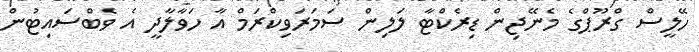
ހޭލީސް ގްރޫޕްގެ މެނޭޖިން ޑިރެކްޓާ ލަލިން ސަމަރަވިކްރަމް އާ ހަވާލާދީ އެ ވެބްސައިޓުން